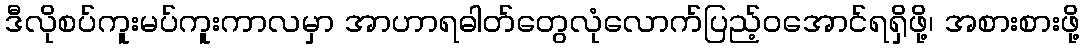
ဒီလိုစပ်ကူးမပ်ကူးကာလမှာ အာဟာရဓါတ်တွေလုံလောက်ပြည့်ဝအောင်ရရှိဖို့၊ အစားစားဖို့